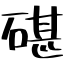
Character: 碪